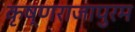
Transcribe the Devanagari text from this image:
कृष्णराजापुरम